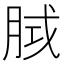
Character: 𭨵